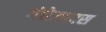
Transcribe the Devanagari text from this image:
गंधेजघास